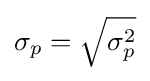
\sigma _{p}={\sqrt {\sigma _{p}^{2}}}